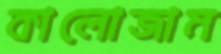
কালোজাম